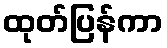
ထုတ်ပြန်ကာ